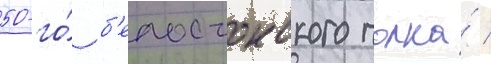
50-го́ б'елостокского полка́ /